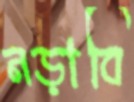
নড়াবি